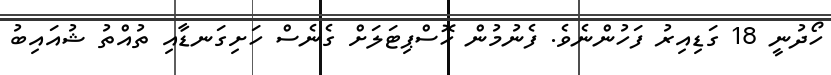
ހޯދުނީ 18 ގަޑިއިރު ފަހުންނެވެ. ފެނުމުން ހޮސްޕިޓަލަށް ގެނެސް ހަށިގަނޑާއި ތުއްތު ޝުއައިބު